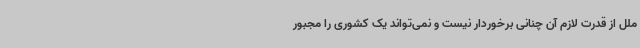
ملل از قدرت لازم آن چنانی برخوردار نیست و نمی‌تواند یک کشوری را مجبور